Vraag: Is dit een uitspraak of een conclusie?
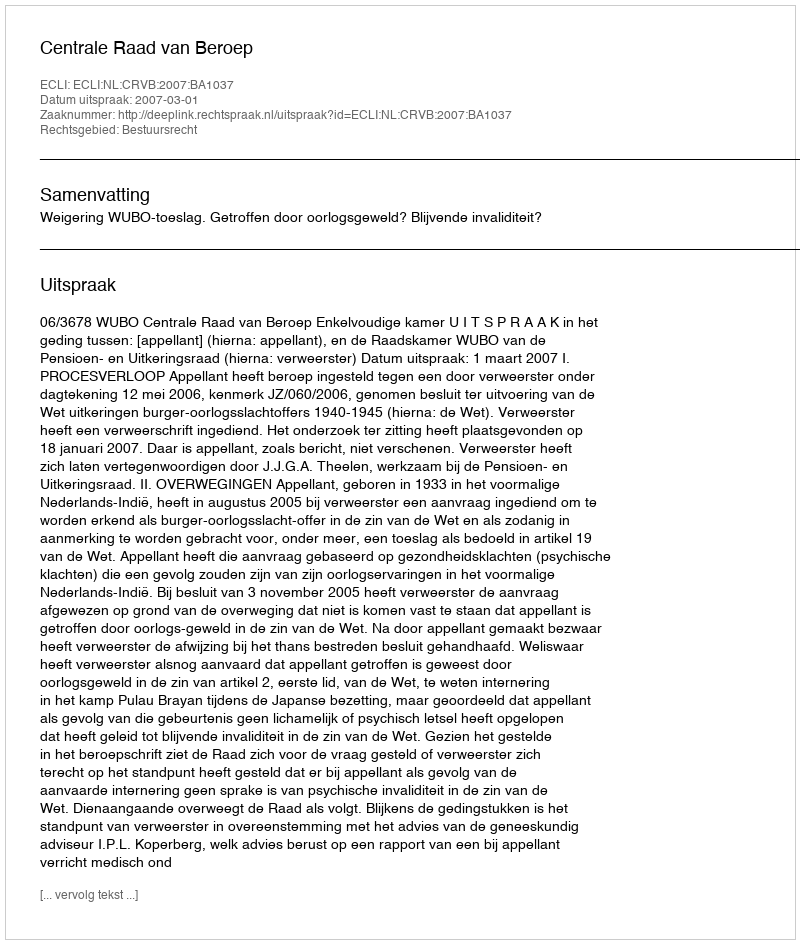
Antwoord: Uitspraak